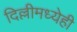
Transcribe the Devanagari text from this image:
दिल्लीमध्येही